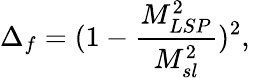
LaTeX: \Delta_{f}=(1-\frac{M_{LSP}^{2}}{M_{sl}^{2}})^{2},\,